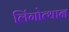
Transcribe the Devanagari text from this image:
लिंगोत्थान